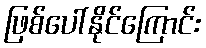
ဖြစ်ပေါ်နိုင်ကြောင်း